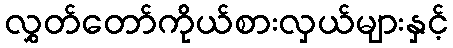
လွှတ်တော်ကိုယ်စားလှယ်များနှင့်